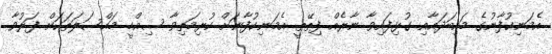
އެމަނިކުފާނުގެ މައިބަދައާއި ގުޅިފައިވާ ނާރެއް ފިތޭތީ އެމަނިކުފާނަށް ކުރިމަތިވާ ސިއްހީ މައްސަލަތަކަށް ފަރުވާ